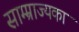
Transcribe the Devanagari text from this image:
साम्म्राज्यका